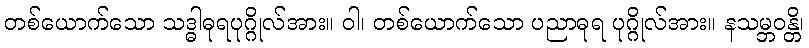
တစ်ယောက်သော သဒ္ဓါဓုရပုဂ္ဂိုလ်အား။ ဝါ၊ တစ်ယောက်သော ပညာဓုရ ပုဂ္ဂိုလ်အား။ နသမ္ဘဝန္တိ၊